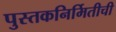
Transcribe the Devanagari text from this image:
पुस्तकनिर्मितीची